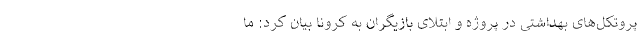
پروتکل‌های بهداشتی در پروژه و ابتلای بازیگران به کرونا بیان کرد: ما